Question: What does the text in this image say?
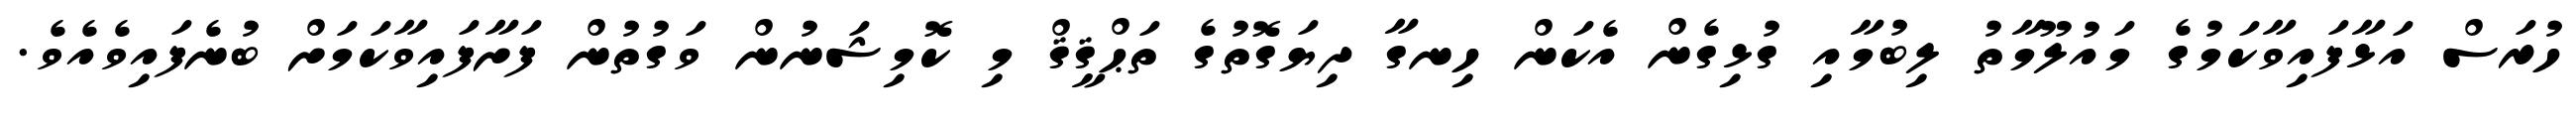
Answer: ހުރަސް އަޅާފައިވާކަމުގެ މައުލޫމާތު ލިބުމާއި ގުޅިގެން އެކަން ހިނގާ ދިޔަގޮތުގެ ތަޙްޤީޤް މި ކޮމިޝަނުން ވަގުތުން ފަށާފައިވާކަމަށް ބުނެފައިވެއެވެ.